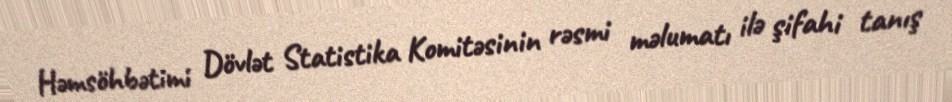
Həmsöhbətimi Dövlət Statistika Komitəsinin rəsmi məlumatı ilə şifahi tanış